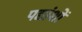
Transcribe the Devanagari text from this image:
पद्यांशों